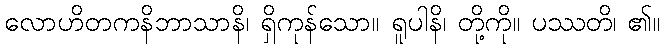
လောဟိတကနိဘာသာနိ၊ ရှိကုန်သော။ ရူပါနိ၊ တို့ကို။ ပဿတိ၊ ၏။